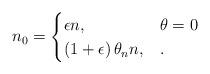
LaTeX: \begin{align*} n_0 = \begin{cases} \epsilon n , & \theta = 0 \\ \left( 1 + \epsilon \right) \theta_n n, & . \end{cases} \end{align*}